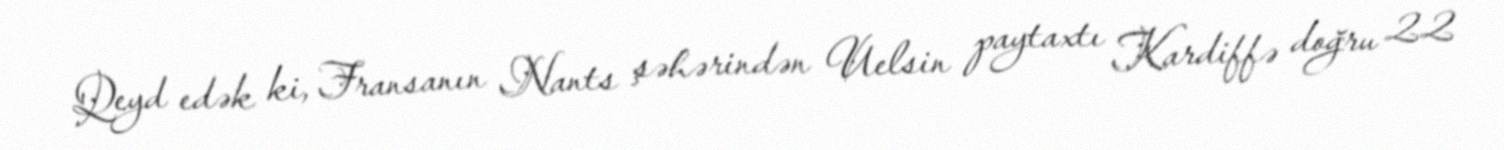
Qeyd edək ki, Fransanın Nants şəhərindən Uelsin paytaxtı Kardiffə doğru 22